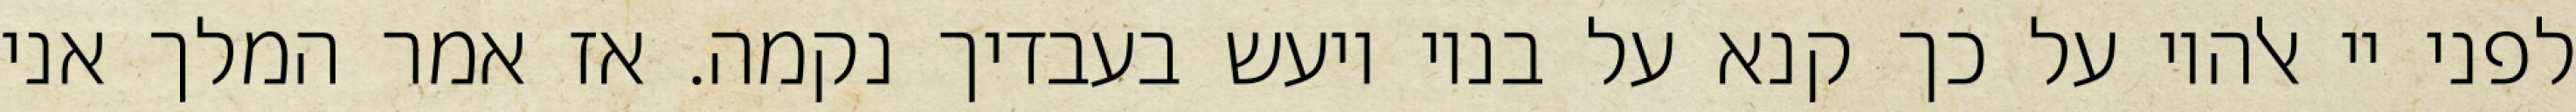
לפני יי אלהיו על כך קנא על בניו ויעש בעבדיך נקמה. אז אמר המלך אני